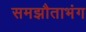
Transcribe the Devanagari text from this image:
समझौताभंग